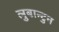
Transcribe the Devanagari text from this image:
लुबान्टुन